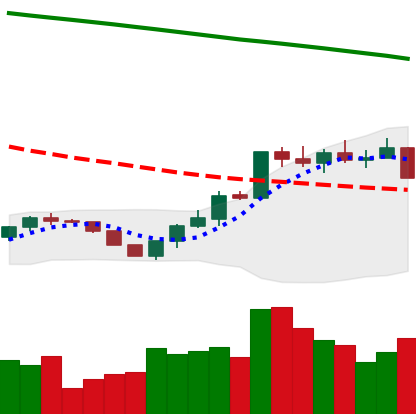
Ticker: ETH-USD
Chart end date: 2022-07-25
Forward return: 17.337%
Label: up_7plus